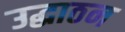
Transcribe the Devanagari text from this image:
उद्धाठन